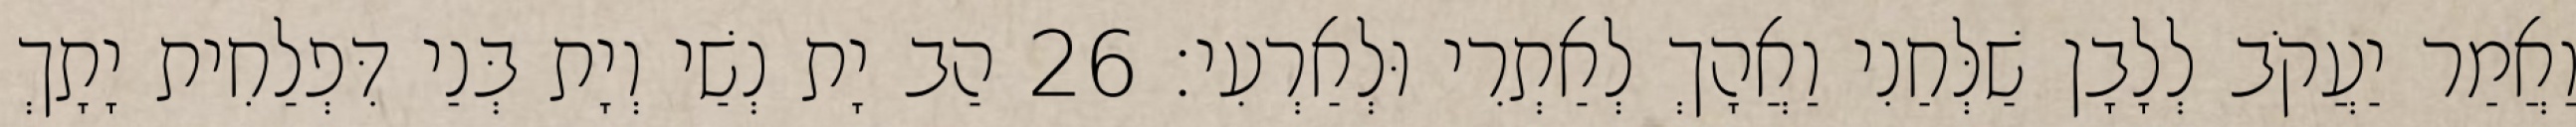
וַאֲמַר יַעֲקֹב לְלָבָן שַׁלְּחַנִי וַאֲהָךְ לְאַתְרִי וּלְאַרְעִי׃ 26 הַב יָת נְשַׁי וְיָת בְּנַי דִּפְלַחִית יָתָךְ